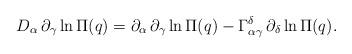
LaTeX: \begin{align*}D_\alpha \,\partial _\gamma \ln \Pi (q)=\partial _\alpha \,\partial _\gamma\ln \Pi (q)-\Gamma _{\alpha \gamma }^\delta \,\partial _\delta \ln \Pi (q).\end{align*}